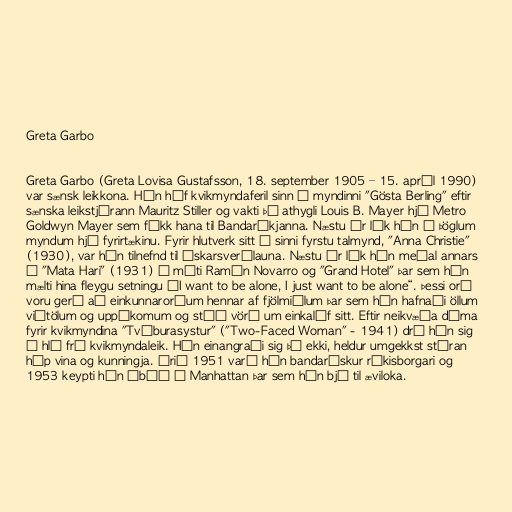
Greta Garbo

Greta Garbo (Greta Lovisa Gustafsson, 18. september 1905 – 15. apríl 1990)
var sænsk leikkona. Hún hóf kvikmyndaferil sinn í myndinni "Gösta Berling" eftir
sænska leikstjórann Mauritz Stiller og vakti þá athygli Louis B. Mayer hjá Metro
Goldwyn Mayer sem fékk hana til Bandaríkjanna. Næstu ár lék hún í þöglum
myndum hjá fyrirtækinu. Fyrir hlutverk sitt í sinni fyrstu talmynd, "Anna Christie"
(1930), var hún tilnefnd til Óskarsverðlauna. Næstu ár lék hún meðal annars
í "Mata Hari" (1931) á móti Ramón Novarro og "Grand Hotel" þar sem hún
mælti hina fleygu setningu „I want to be alone, I just want to be alone“. Þessi orð
voru gerð að einkunnarorðum hennar af fjölmiðlum þar sem hún hafnaði öllum
viðtölum og uppákomum og stóð vörð um einkalíf sitt. Eftir neikvæða dóma
fyrir kvikmyndina "Tvíburasystur" ("Two-Faced Woman" - 1941) dró hún sig
í hlé frá kvikmyndaleik. Hún einangraði sig þó ekki, heldur umgekkst stóran
hóp vina og kunningja. Árið 1951 varð hún bandarískur ríkisborgari og
1953 keypti hún íbúð á Manhattan þar sem hún bjó til æviloka.